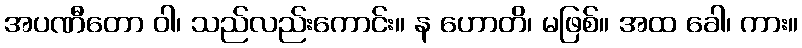
အပဏီတော ဝါ၊ သည်လည်းကောင်း။ န ဟောတိ၊ မဖြစ်။ အထ ခေါ၊ ကား။